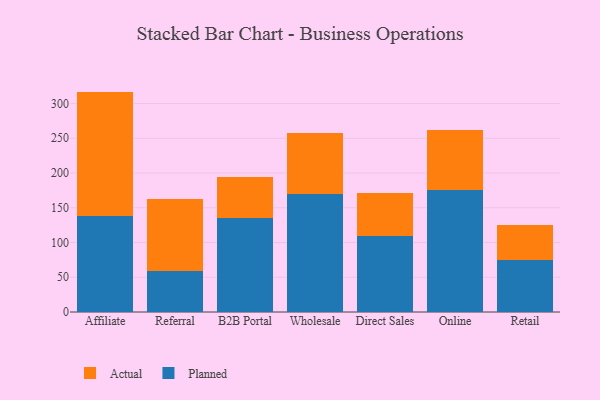
{"axis": {"x": "Channel", "y": "Demand Index"}, "legend": ["Actual", "Planned"], "data": [{"x": "Affiliate", "y": 138.1, "type": "Planned"}, {"x": "Affiliate", "y": 179.1, "type": "Actual"}, {"x": "Referral", "y": 58.7, "type": "Planned"}, {"x": "Referral", "y": 103.4, "type": "Actual"}, {"x": "B2B Portal", "y": 134.6, "type": "Planned"}, {"x": "B2B Portal", "y": 59.4, "type": "Actual"}, {"x": "Wholesale", "y": 170.2, "type": "Planned"}, {"x": "Wholesale", "y": 87.4, "type": "Actual"}, {"x": "Direct Sales", "y": 109.2, "type": "Planned"}, {"x": "Direct Sales", "y": 62.6, "type": "Actual"}, {"x": "Online", "y": 175.2, "type": "Planned"}, {"x": "Online", "y": 86.5, "type": "Actual"}, {"x": "Retail", "y": 75.1, "type": "Planned"}, {"x": "Retail", "y": 49.6, "type": "Actual"}]}